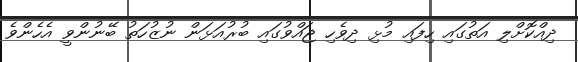
ދިއްކޮށްލި އަތުގައި ހިފައި މުޅި ދިވެހި ޖައްވުގައި ބުރުއަޅަން ނުޒުހަތު ބޭނުންވީ އެހެންވެ